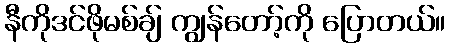
နီကိုဒင်ဖိုမစ်ချ် ကျွန်တော့်ကို ပြောတယ်။